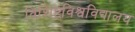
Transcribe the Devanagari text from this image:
विशिष्टविश्वविद्यालय